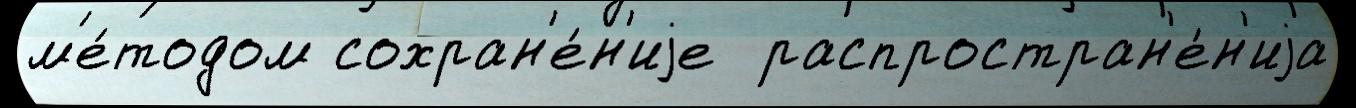
м'е́тодом сохран'е́н'иjе  распростран'е́н'иjа